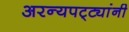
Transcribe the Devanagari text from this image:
अरन्यपट्ट्यांनी